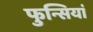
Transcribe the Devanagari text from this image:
फुन्सियां